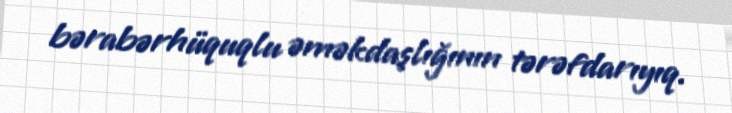
bərabərhüquqlu əməkdaşlığının tərəfdarıyıq.